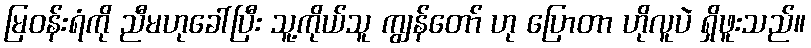
မြဝန်းရံကို ညီမဟုခေါ်ပြီး သူ့ကိုယ်သူ ကျွန်တော် ဟု ပြောတာ ဟိုလူပဲ ရှိဖူးသည်။